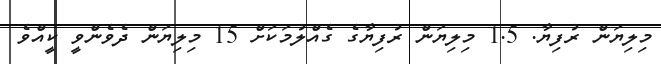
މިލިޔަން ރުފިޔާ. 1.5 މިލިޔަން ރުފިޔާގެ ގެއްލުމަކަށް 15 މިލިޔަން ދެވެންވީ ކީއްވެ